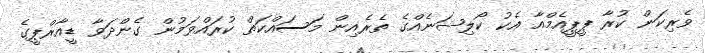
ވެރިކަން ކުރާ ޕީޕީއެމްއާ އެކު ކޯލިޝަނެއްގެ ތެރެއިން މަސައްކަތް ކުރައްވަމުން ގެންދަވާ ޑީއާރްޕީގެ